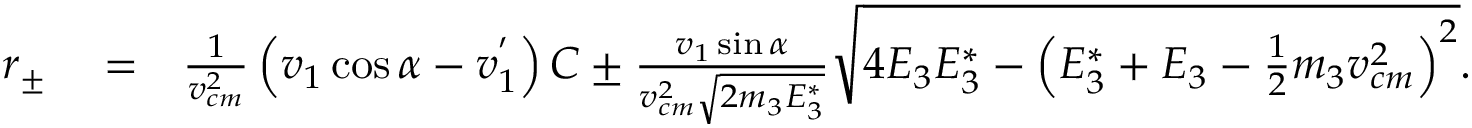
\begin{array} { r l r } { r _ { \pm } } & { { } = } & { \frac { 1 } { v _ { c m } ^ { 2 } } \left( v _ { 1 } \cos \alpha - v _ { 1 } ^ { ' } \right) C \pm \frac { v _ { 1 } \sin \alpha } { v _ { c m } ^ { 2 } \sqrt { 2 m _ { 3 } E _ { 3 } ^ { * } } } \sqrt { 4 E _ { 3 } E _ { 3 } ^ { * } - \left( E _ { 3 } ^ { * } + E _ { 3 } - \frac { 1 } { 2 } m _ { 3 } v _ { c m } ^ { 2 } \right) ^ { 2 } } . } \end{array}